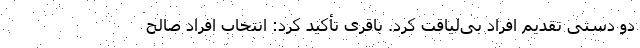
دو دستی تقدیم افراد بی‌لیاقت کرد. باقری تأکید کرد: انتخاب افراد صالح